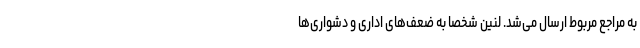
به مراجع مربوط ارسال می‌شد. لنین شخصاً به ضعف‌های اداری و دشواری‌ها